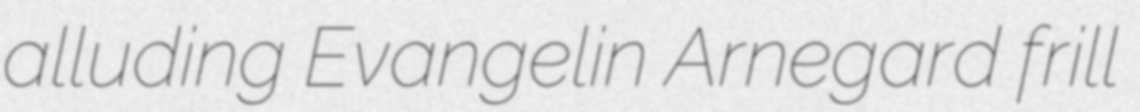
alluding Evangelin Arnegard frill